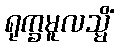
ရုက္ခမူလသ္မိံ